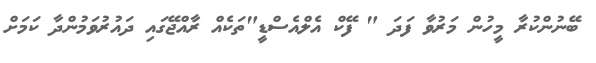
ބޭނުންކުރާ މީހުން މަރުވާ ފަދަ " ފޭކް އެލްއެސްޑީ"ތަކެއް ރާއްޖޭގައި ދައުރުވަމުންދާ ކަމަށް